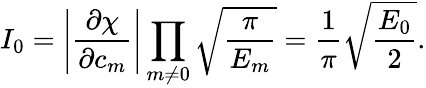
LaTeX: I_{0}=\left|\frac{\partial\chi}{\partial c_{m}}\right|\prod_{m\neq 0}\sqrt{\frac{\pi}{E_{m}}}=\frac{1}{\pi}\sqrt{\frac{E_{0}}{2}}.